Bréfritari: Einar Andrésson
Viðtakandi: Jón Borgfirðings Jónsson
Dagsetning: A-1857-01-03
Skrifað á: Bólu  Skag.

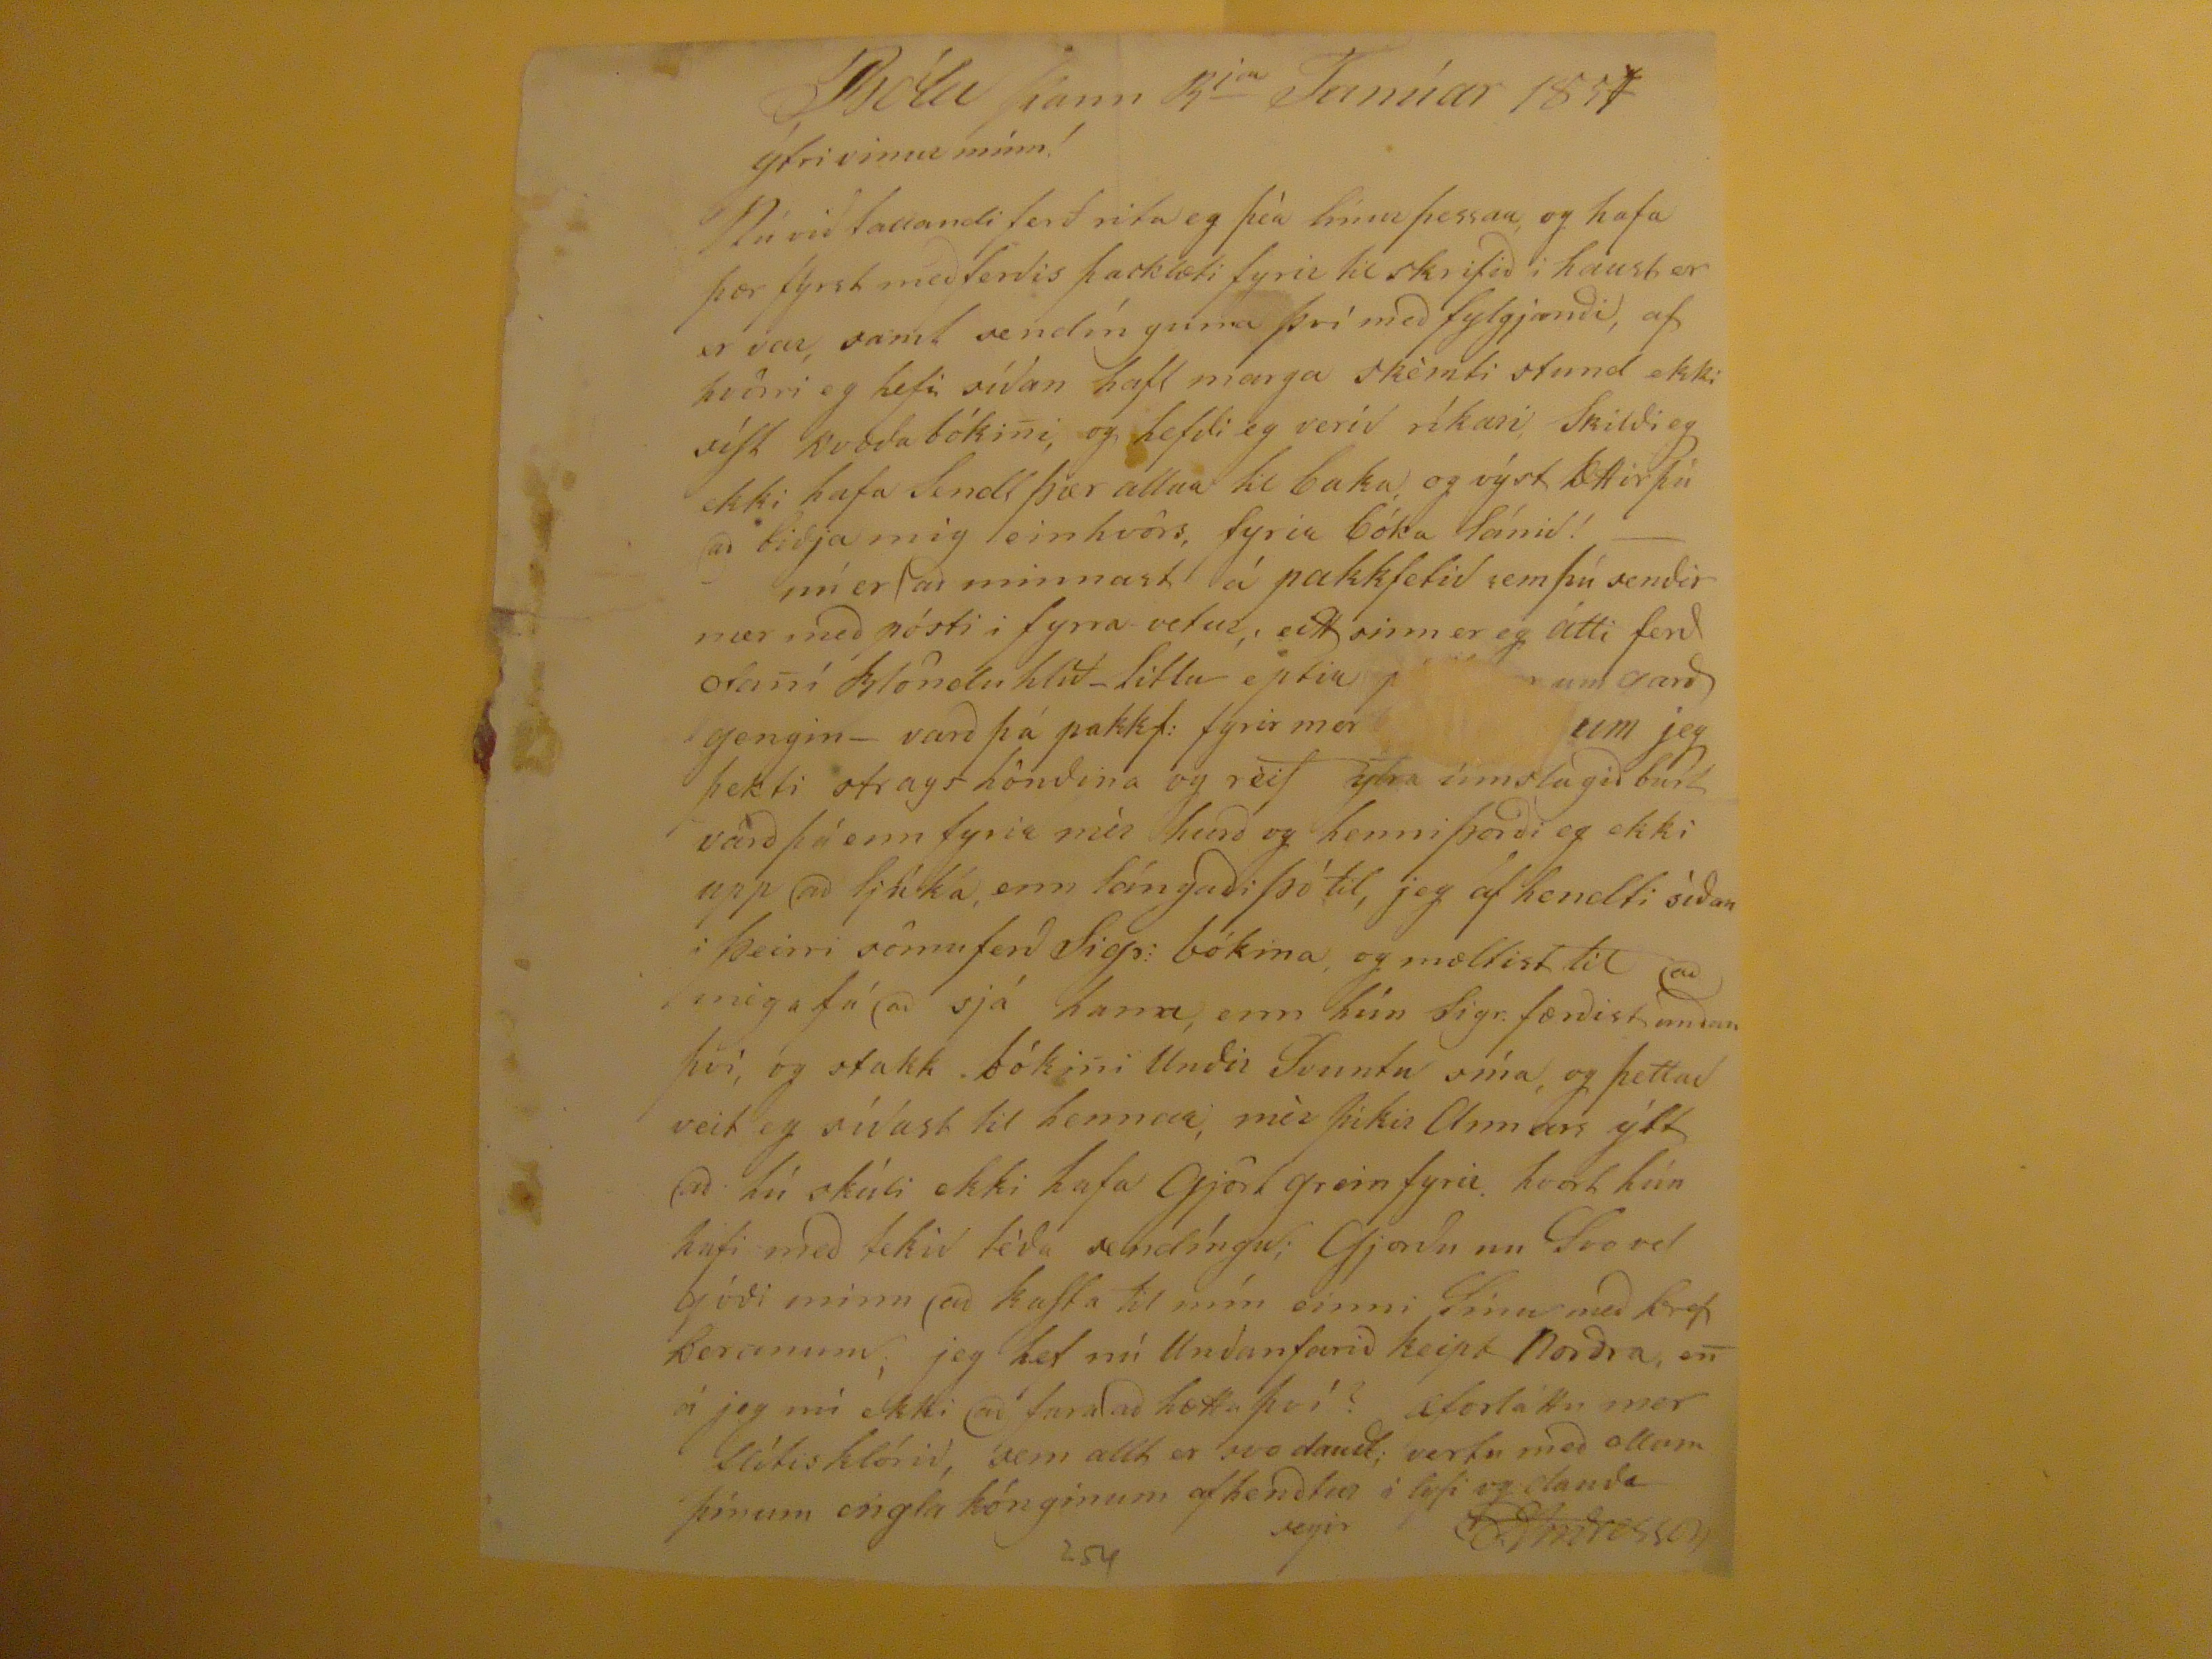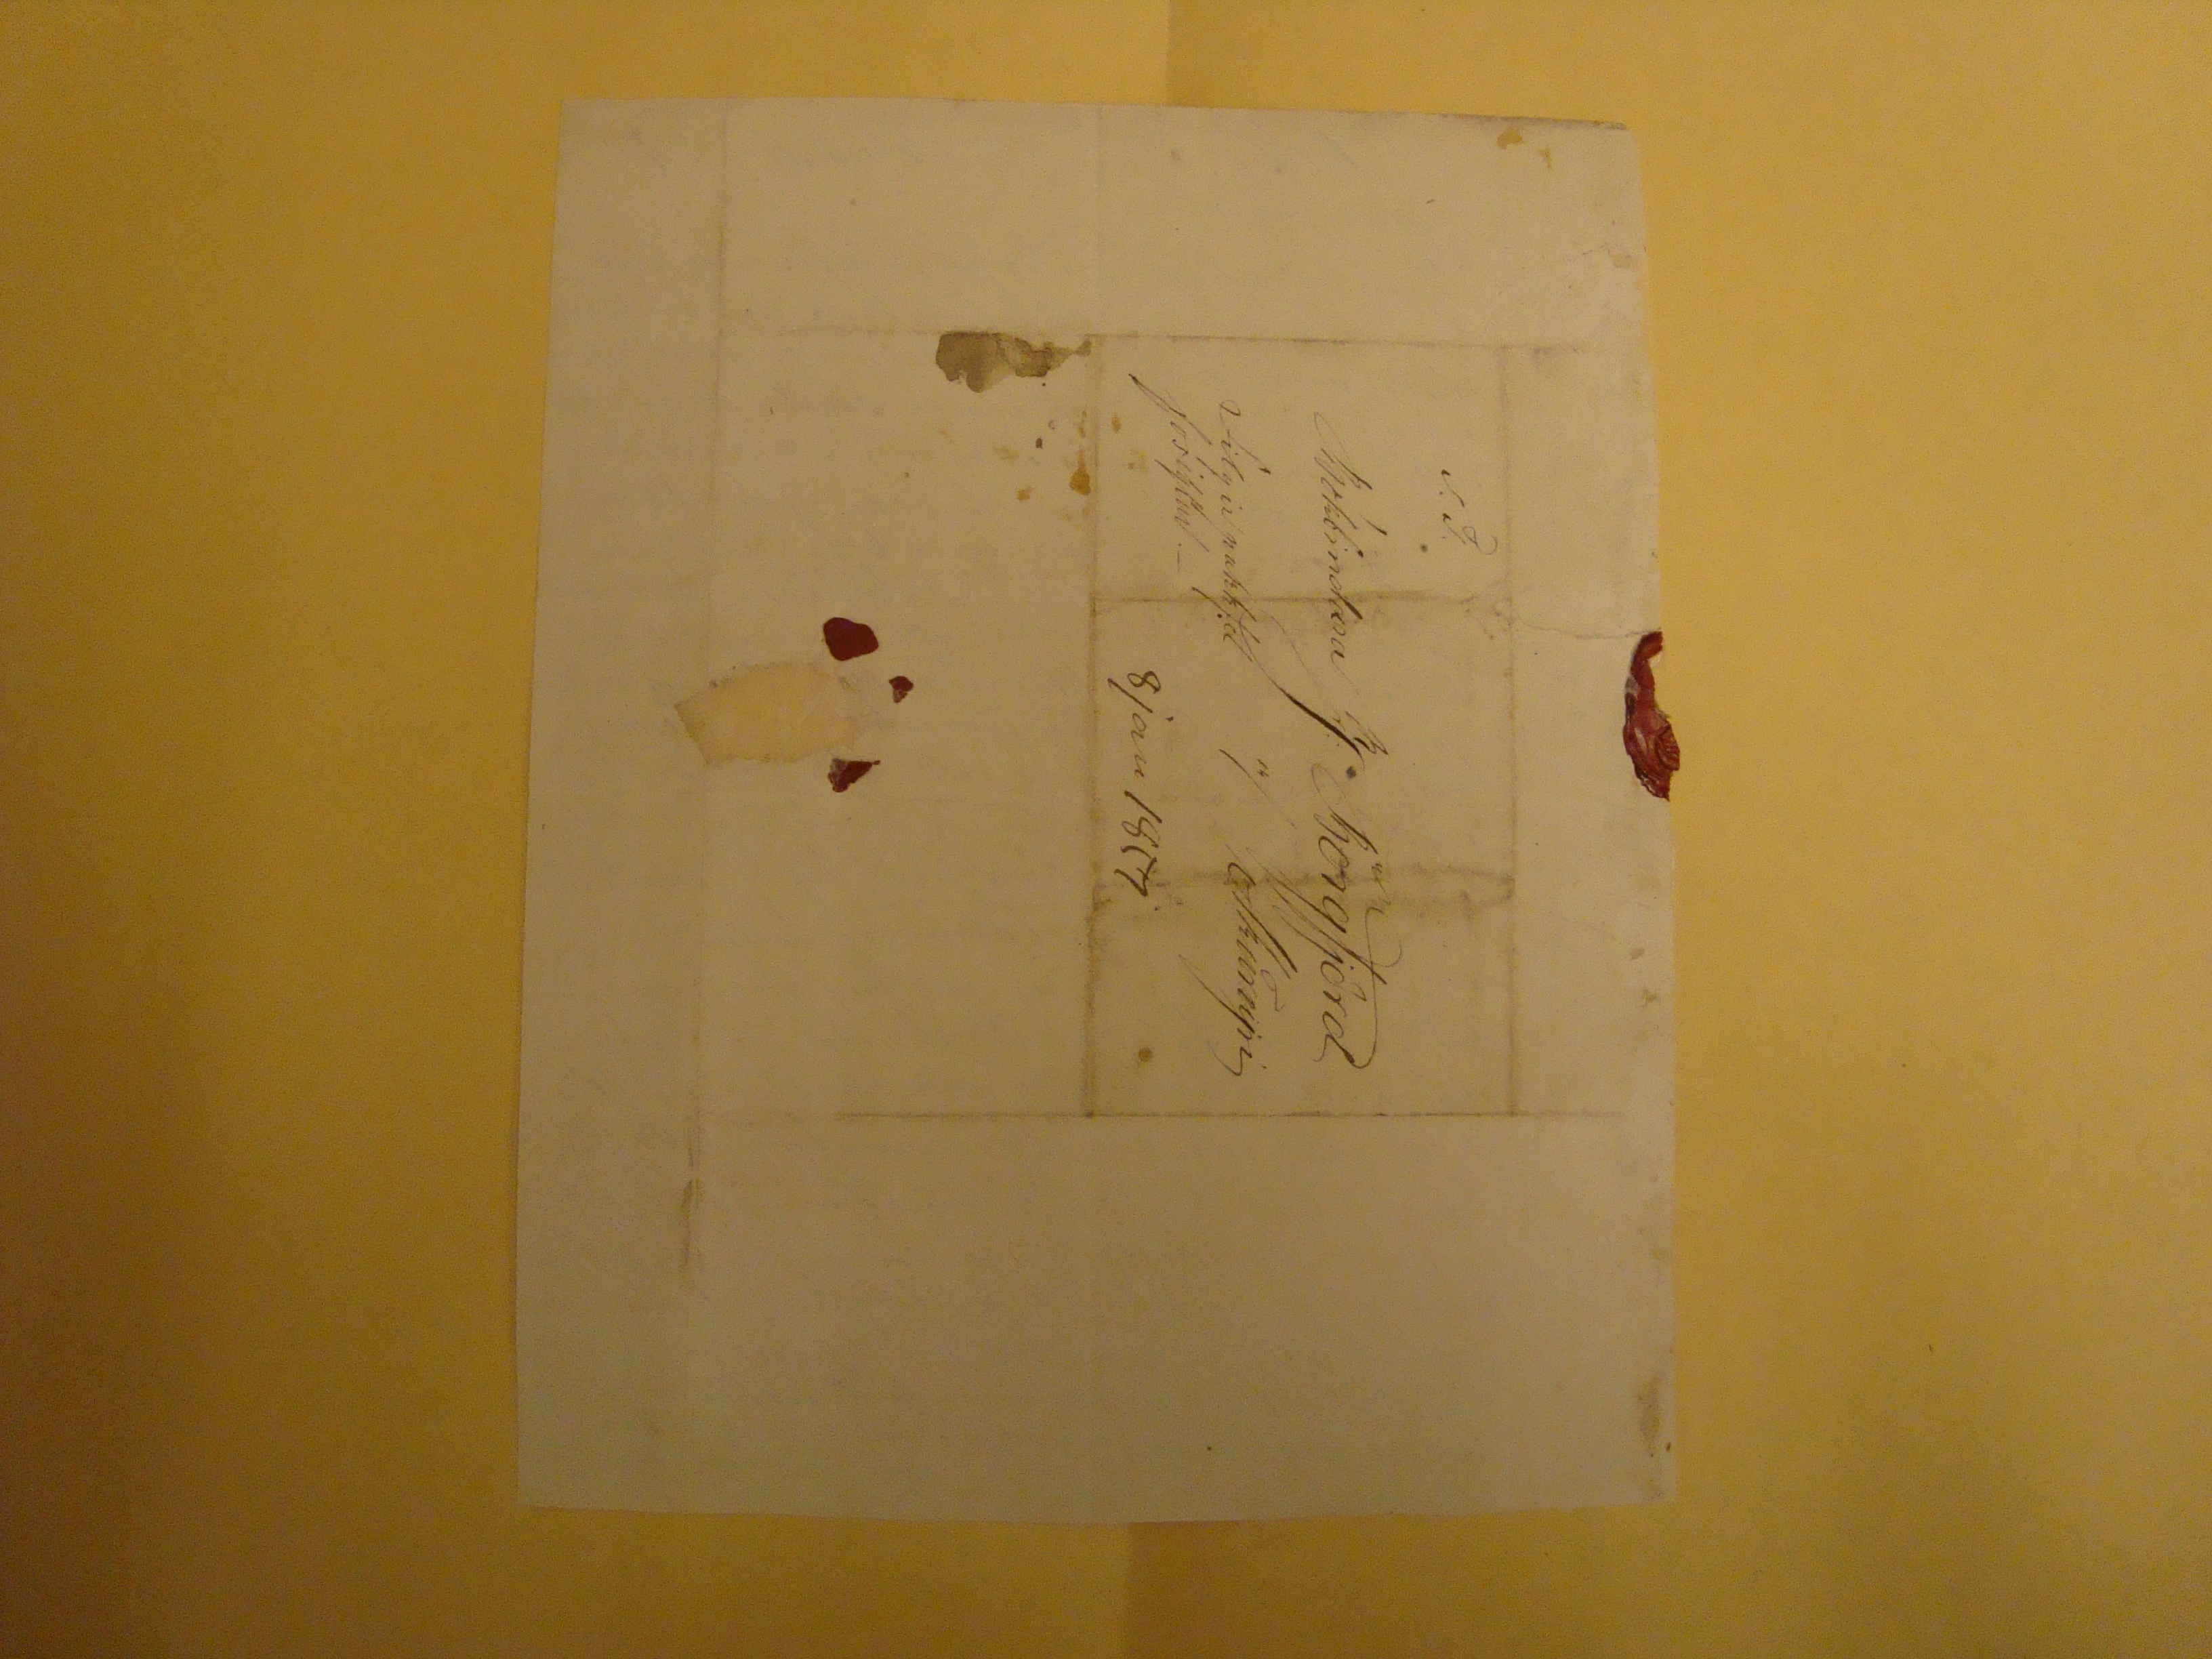

Bólu þann 3
ja
Janúar 1857
ýtri
vinur minn!
Nú við fallandi ferð rita eg þér línur þessar, og hafa þær fýrst með ferðis þacklæti fyrir tilskrifið i haust er er var, samt sendínguna því með fylgjandi, af hvörri eg hefi síðan haft marga skémti stund ekki síst kvæða bóki
n
i, og hefði eg verið ríkari, skildi eg ekki hafa sendt þær allar til baka, og výst Ættir þú að biðja mig einhvörs, fyrir bóka lánið! -- nú er að minnast á pakka
s
etið sem þú sendir mer með pósti i fyrra vetur, eitt sinn er eg átti ferð ofa
n
í Vonduhlíð_litlu eptir
p??? um garð
gengin- varð þá pakkaf: fyrir mer
??? um
jeg þekti strags höndina og reif ytra umslagið burt varð þú enn fyrir mér hurð og henni þorði eg ekki upp að ljúka, enn lángaði þó til, jeg af hendti síðan i þeirri sömu ferð Sigr: bókina og mæltist til að mega fá að sjá hana, enn hún Sigr. færðist undan því, og stakk bóki
n
i Undir Svuntu sína, og þettað veig eg síðast til hennar, mér þikir Annars ýlt að
lú skúli
ekki hafa gjört grein fyrir hvort hún hafi með tekið téða sendíngu; Gjorðu nu Svo vel góði minn að kasta til mín einni línu með brefberanum; jeg hef nú Undanfarið keipt Norðra, e
n
á jeg nú ekki að fara að hætta því? Æforláttu mer flítisklórið, sem allt er svo dauðt; vertu með ollum þínum engla kónginum af hendtur í lyfi og dauða segir EAndresson
S.T.
Bókbindara J. Borgfjörð
a/ Akureyri
Filgir pakkafet forsiglud.-
8 jan 1857